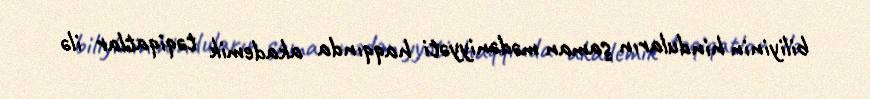
biliyinin hinduların şaman mədəniyyəti haqqında akademik təqiqatlar ilə